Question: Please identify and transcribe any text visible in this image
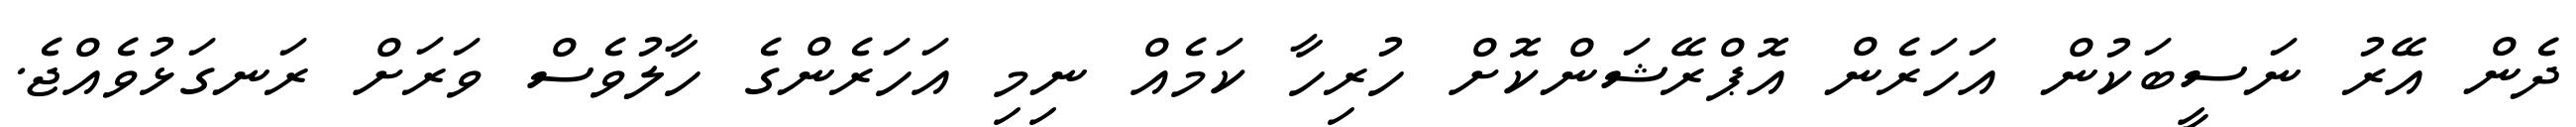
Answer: ދެން އޭރު ނަސީބަކުން އަހަރެން އޮޕްރޭޝަންކޮށް ހުރިހާ ކަމެއް ނިމި އަހަރެންގެ ހާލުވެސް ވަރަށް ރަނގަޅުވެއްޖެ.